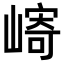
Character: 𫶓